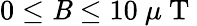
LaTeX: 0\leq\mathit{B}\leq10~\mu\mathrm{{~T~}}